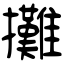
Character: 攤